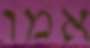
אמו